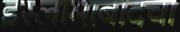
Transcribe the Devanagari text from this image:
इस्लामाबादचा